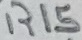
Text: R15